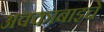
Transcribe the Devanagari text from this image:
अक्काबाइचे